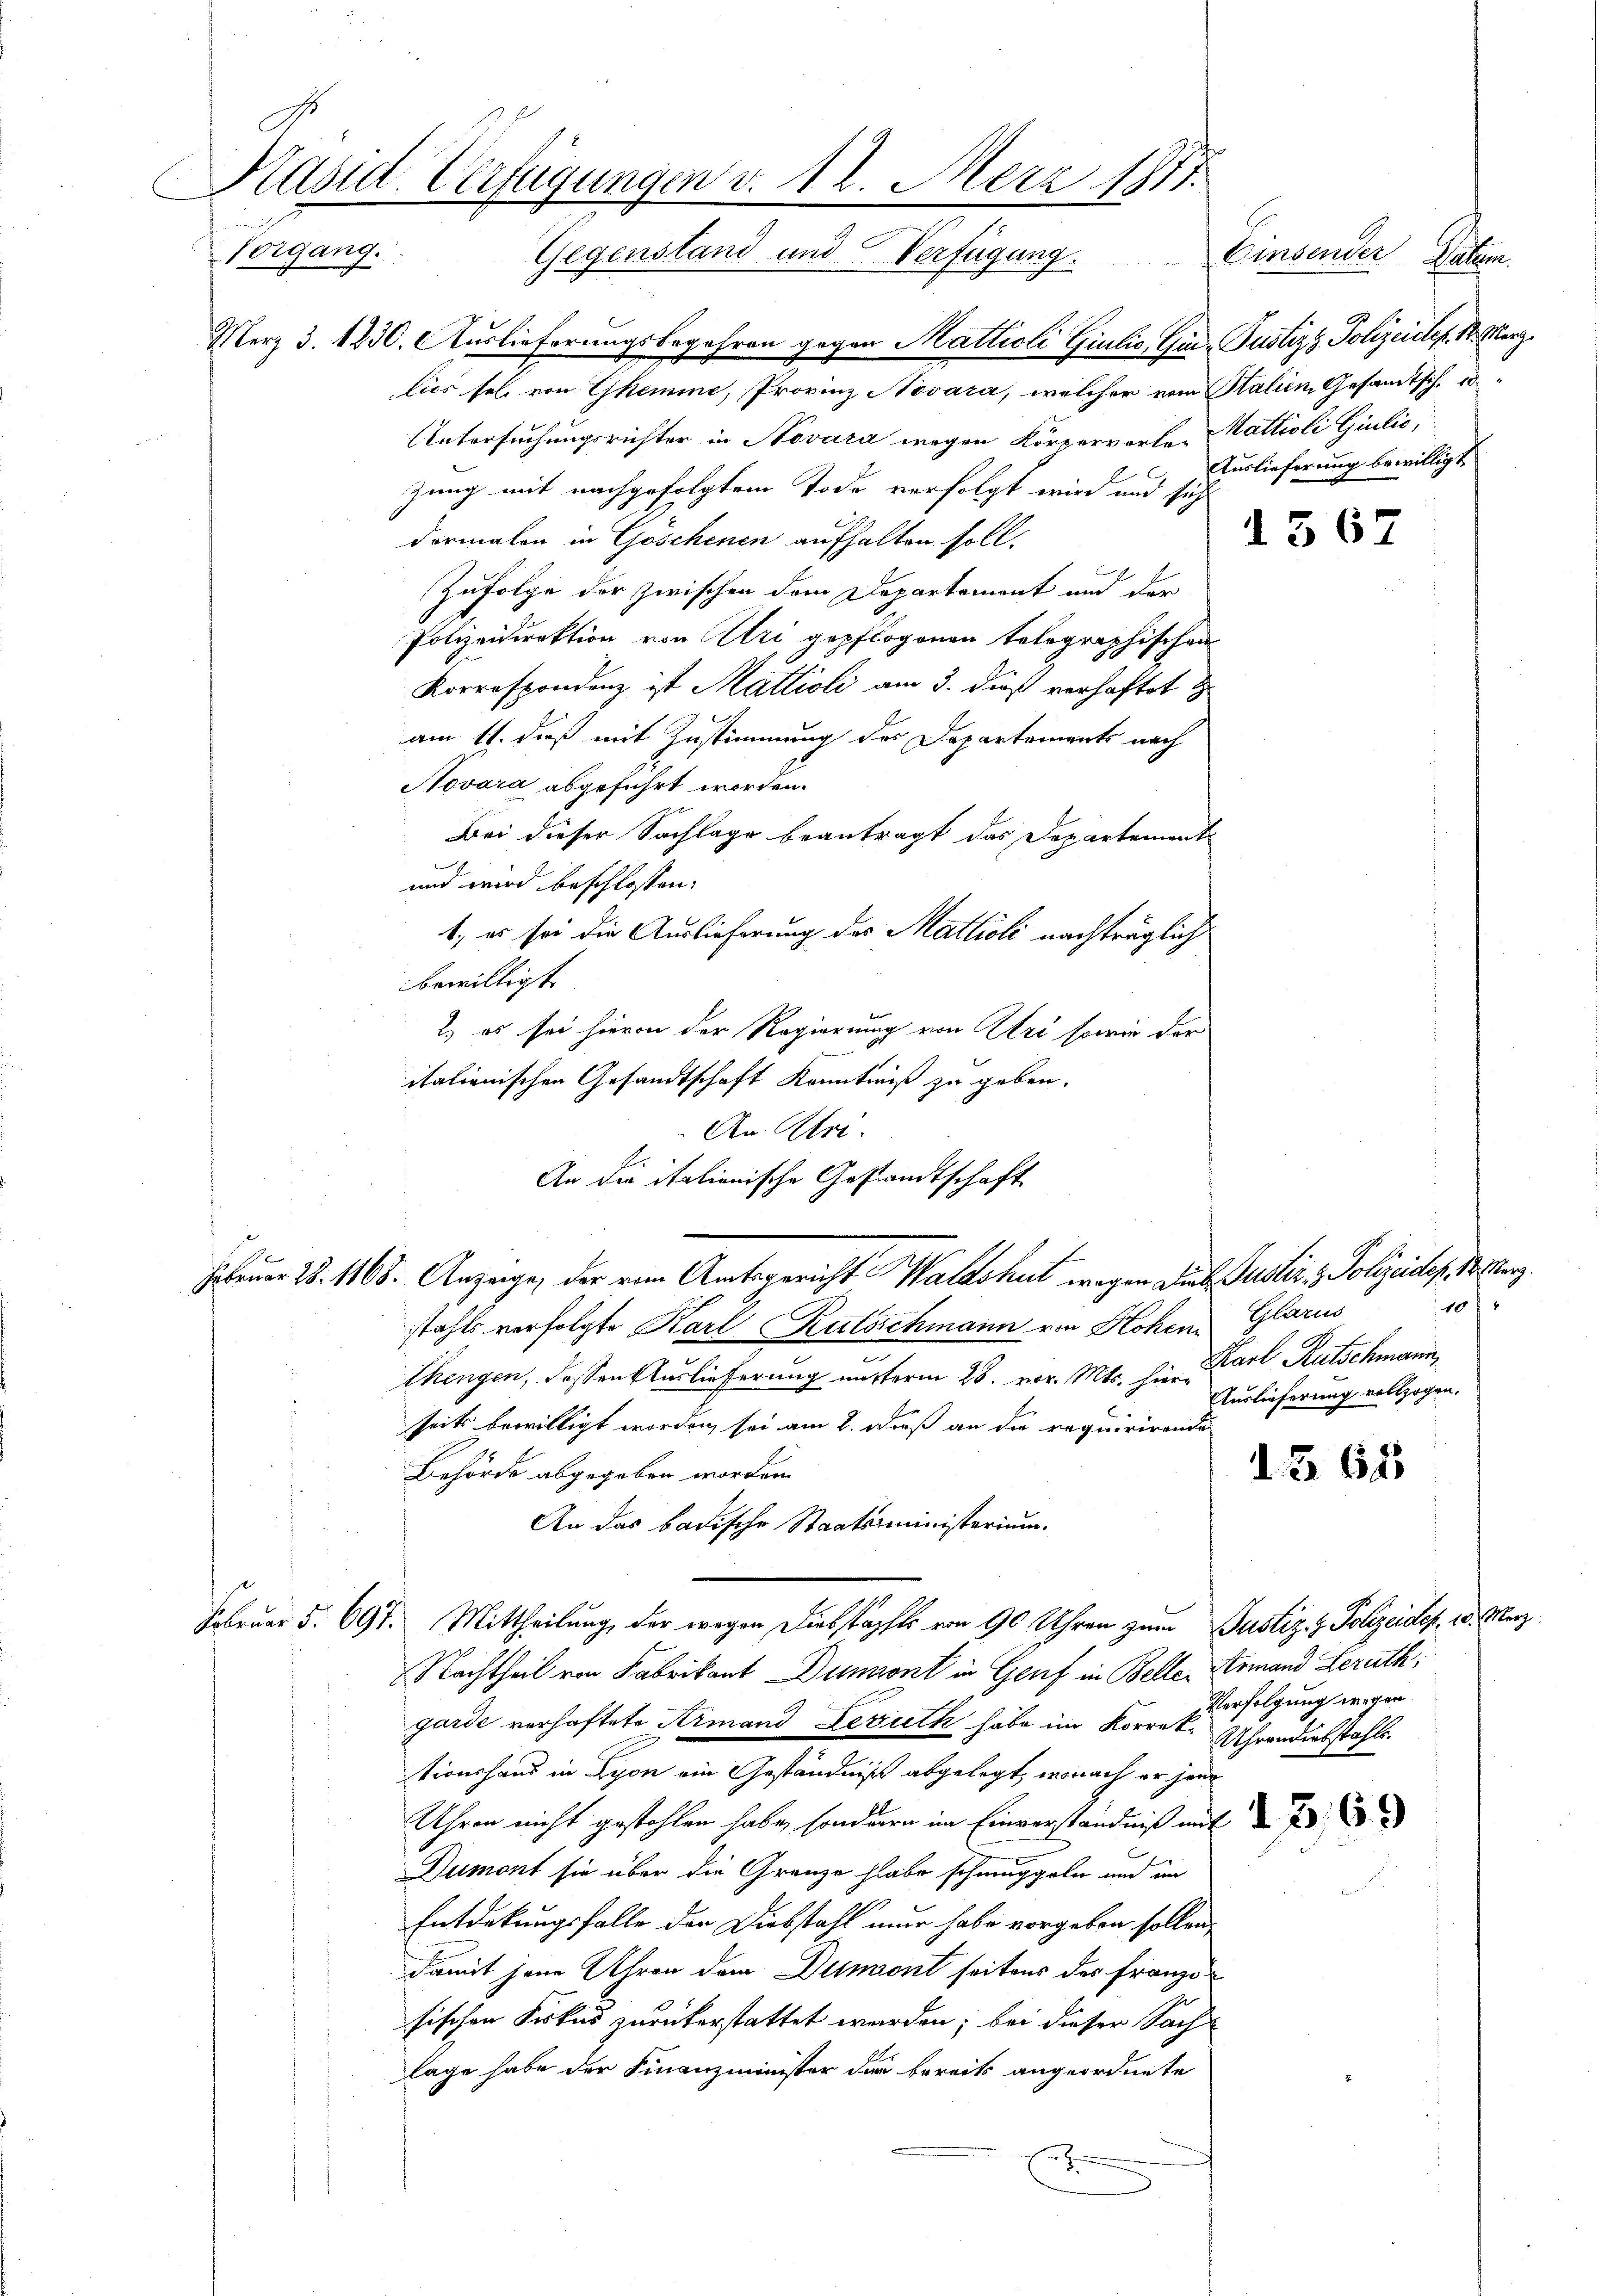
Käsid. Verfügungen v. 12. Merz 1877.
C
Vorgang. Gegenstand und Verfügung. Einsender Datum.

Merz 3. 1230. Auslieferungsbegehren gegen Mattioli Giulio, Gi- Pustiz & Polizeister. 1. Merz
lios sel von Ehemme, Provinz Novara, welcher vom Stalien, Gesandtsch, 18
Untersuchungsrichter in Novara wegen Körperverle, Mattioli Giulić,
C
zung mit nachgefolgtem Tode verfolgt wird und sich
dormalen in Göschenen aufhalten soll.
E
Zufolge der zwischen dem Departement und der
Polizeidirektion von Uri gepflogenen telegraphischen
Korrespondenz ist Mattioli am 3. dieß verhaftet
am 11. dieß mit Zustimmung des Departements nach
Novara abgeführt worden.
Bei dieser Sachlage beantragt das Departement
und wird beschlossen:
1, es sei die Auslieferung des Mattioli nachträglich
bewilligt.
2.) es sei hievon der Regierung von Uri sowie der
italienischen Gesandtschaft Kenntniß zu geben.
An Ulri
An die italienische Gestandtschaft
stahls verfolgte Karl Rutsschmann von Hohen Glarus
Chengen, dassen Auslieferung unterm 28. vor. Mts. hine Karl Rutschmann,
Auslieferung vollzogen.
seits bewilligt worden sei am 2. dieß an die requirirende
Behörde abgegeben worden.
d. Z. 625
An das badische Staatsministerium.
Februar §. 697. Mittheilung, der wegen Diebstöpfte von 90 Uhren zum Justiz- & Polizeides, 18. März
Nachtheil von Fabrikant Dumont in Genf in Belle Armand Berath,
Verfolgung wegen
garde verhaftete Armand Leuth habe im Korreke Uhrendiebstahls.
tionshaus in Lyon ein Geständniß abgelegt, wonach er jene
Uhren nicht gestohlen habe, sondern im Einverständniß mit 2 J.
Dumont sie über die Grenze habe schmuggeln und im
Entdekungsfalle der Diebstahl nur habe vorgeben sollen,
damit jene Uhren dem Dumont seitens des franzo
sischen Fiskus zurückerstattet werden; bei dieser Sach
lage habe der Finanzminister der bereits angeordnete

Februar 18. 1168. Anzuge, der von Amtsgericht Waldshut wegen Sub Justiz & Polizistes, Koster.

Auslieferung bewilligt

d 567

110 f